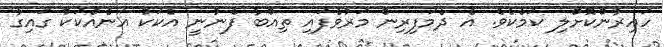
ހައިރާންކޮށްލި ކަމެކެވެ. އެ ދެމަފިރިން މަރުވެފައި ތިއްބާ ފެނުނީ އެކަކު އަނެއްކަކު ގައިގާ